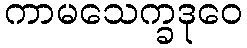
ကာမသေက္ခဒုဝေ